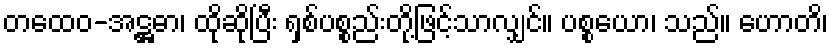
တထေဝ-အဋ္ဌဓာ၊ ထိုဆိုပြီး ရှစ်ပစ္စည်းတို့ဖြင့်သာလျှင်။ ပစ္စယော၊ သည်။ ဟောတိ၊